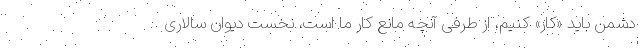
دشمن باید «کار» کنیم، از طرفی آنچه مانع کار ما است، نخست دیوان سالاری